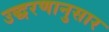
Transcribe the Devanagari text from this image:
उद्धरणानुसार